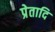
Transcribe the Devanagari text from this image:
प्रेतादि